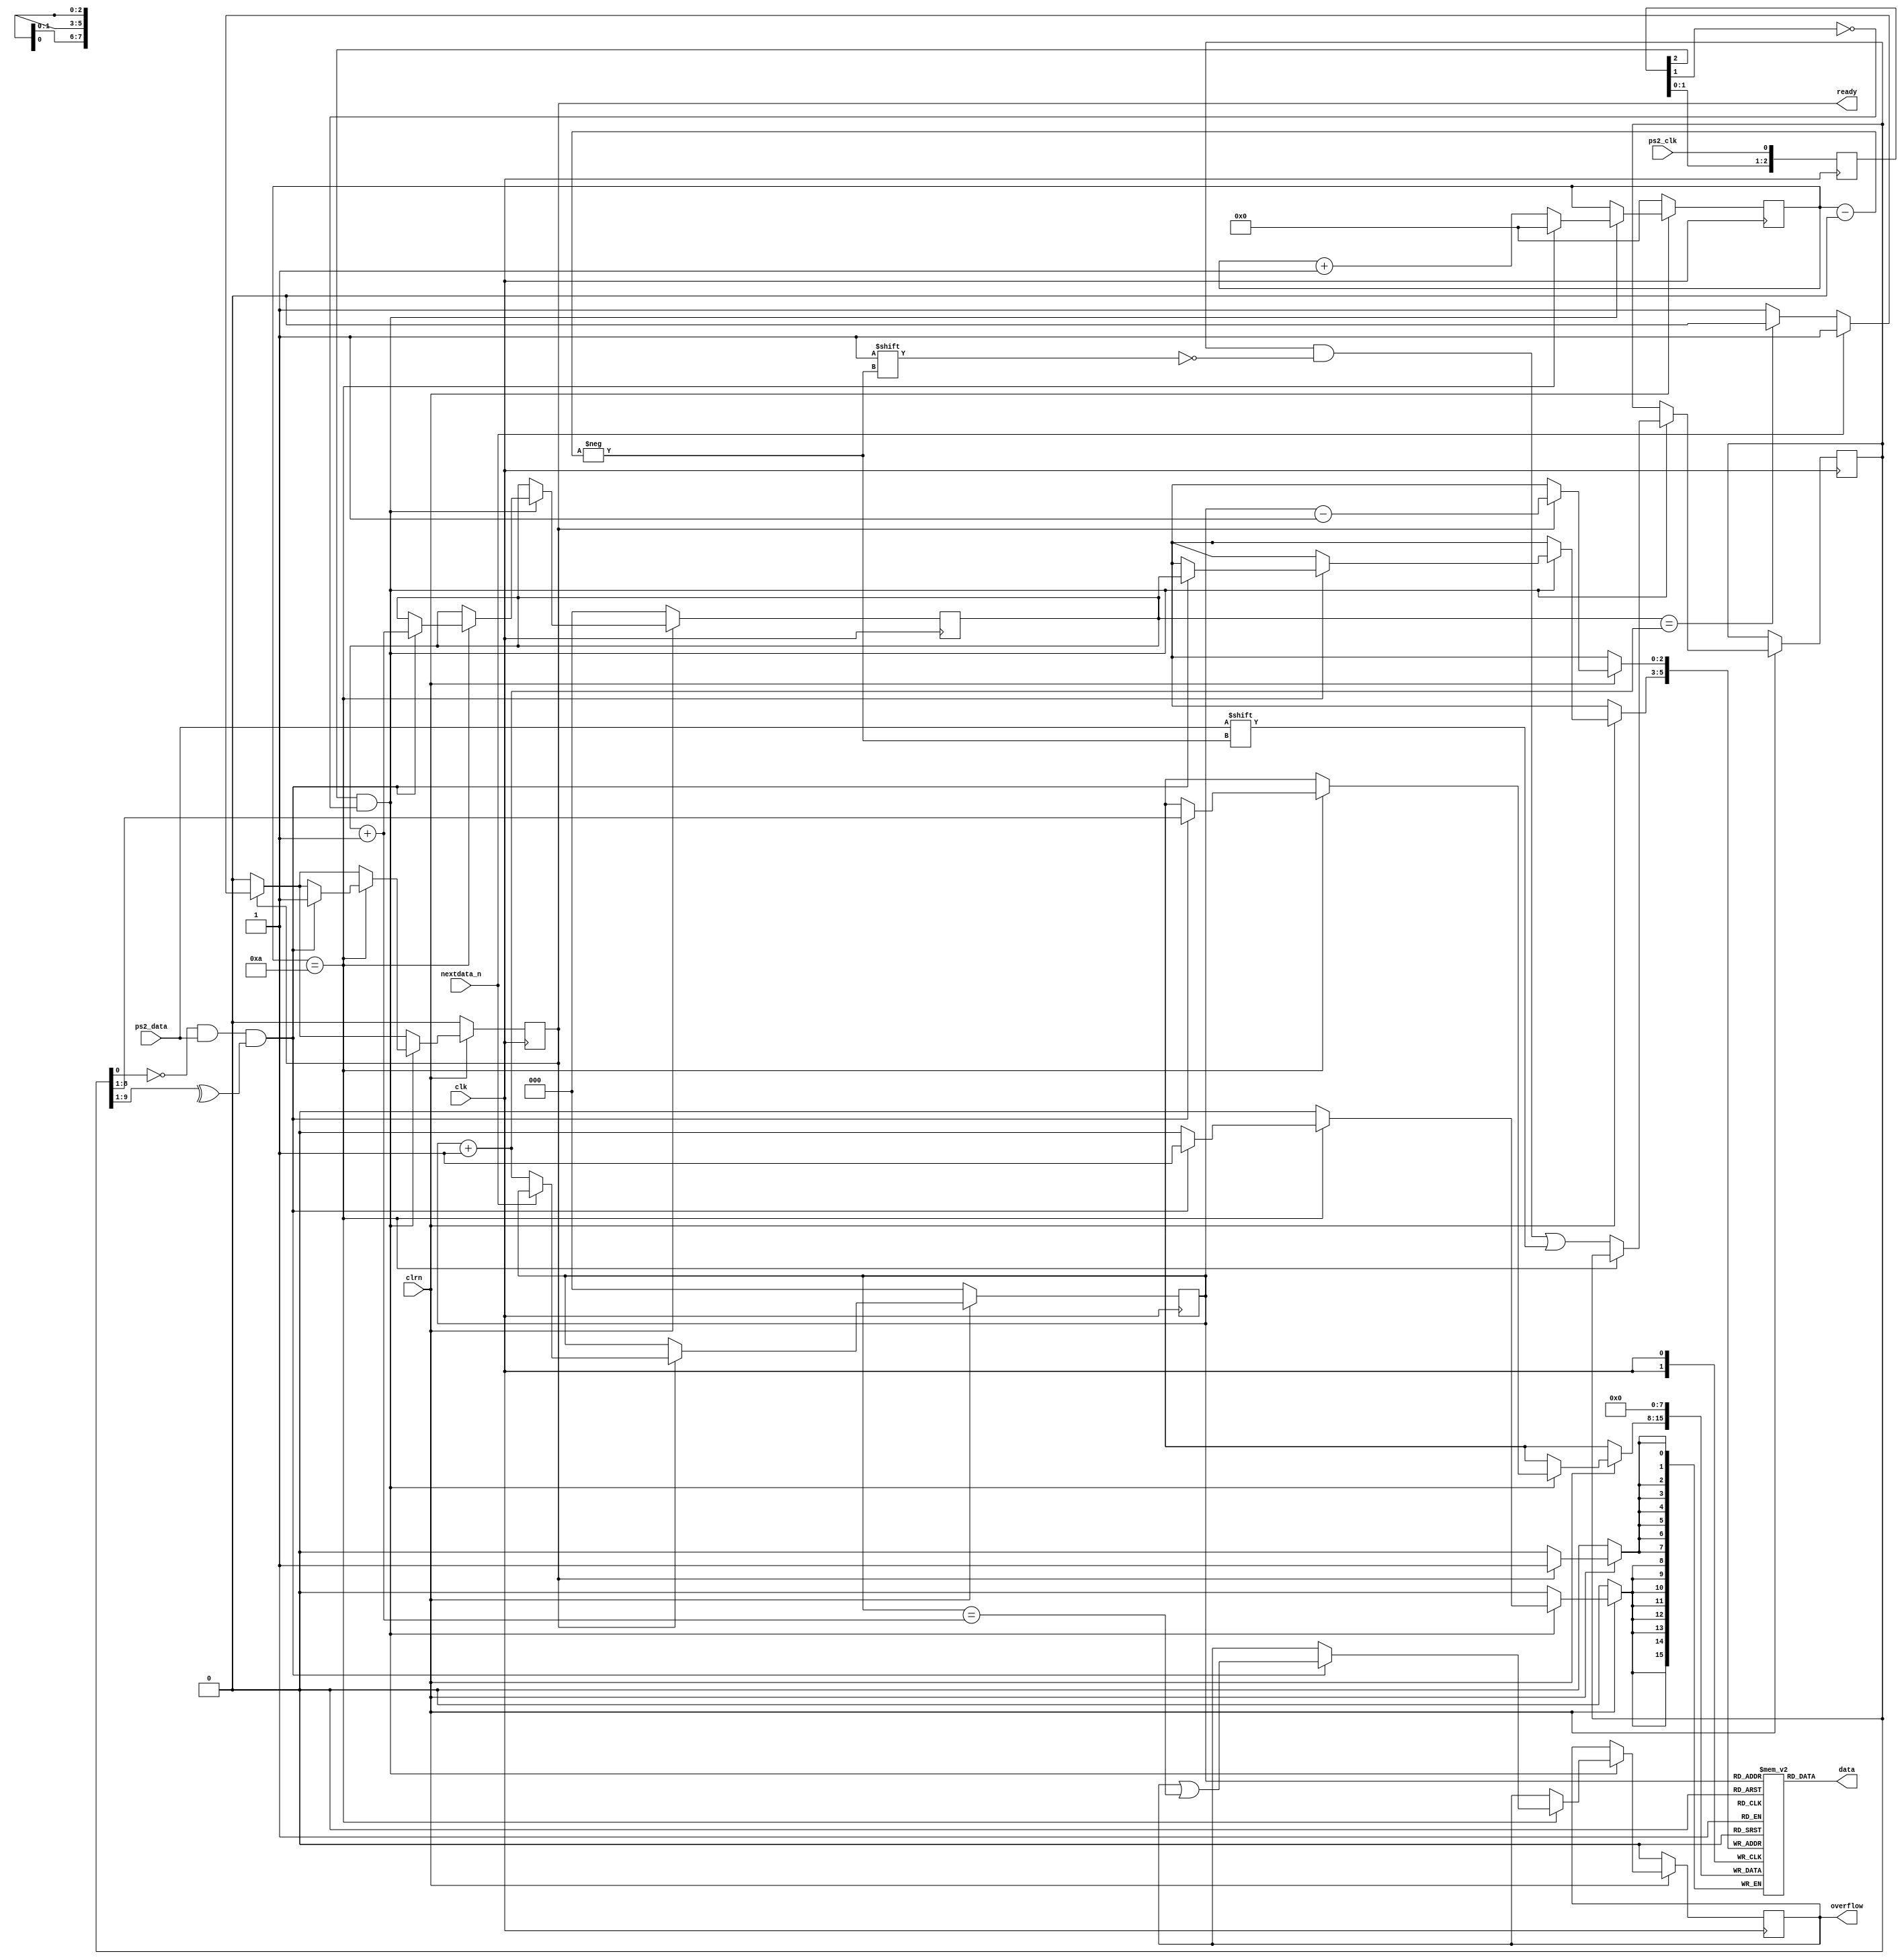
`timescale 1ps / 1ps
module PS2_keyboard_controller(
    input clk,clrn,ps2_clk,ps2_data,
    input nextdata_n,
    output [7:0] data,
    output reg ready,
    output reg overflow    // fifo overflow
);
    // internal signal, for test
    reg [9:0] buffer;        // ps2_data bits
    reg [7:0] fifo[7:0];     // data fifo
    reg [2:0] w_ptr,r_ptr;   // fifo write and read pointers
    reg [3:0] count;  // count ps2_data bits
    // detect falling edge of ps2_clk
    reg [2:0] ps2_clk_sync;

    always @(posedge clk) begin
        ps2_clk_sync <=  {ps2_clk_sync[1:0],ps2_clk};
    end

    wire sampling = ps2_clk_sync[2] & ~ps2_clk_sync[1];

    always @(posedge clk) begin
        if (clrn == 0) begin // reset
            count <= 0; w_ptr <= 0; r_ptr <= 0; overflow <= 0; ready<= 0;
        end
        else begin
            if ( ready ) begin // read to output next data
                if(nextdata_n == 1'b0) //read next data
                begin
                    r_ptr <= r_ptr + 3'b1;
                    if(w_ptr==(r_ptr+1'b1)) //empty
                        ready <= 1'b0;
                end
                fifo[r_ptr-1] <= 0;
            end
            if (sampling) begin
              if (count == 4'd10) begin
                if ((buffer[0] == 0) &&  // start bit
                    (ps2_data)       &&  // stop bit
                    (^buffer[9:1])) begin      // odd parity
                    fifo[w_ptr] <= buffer[8:1];  // kbd scan code
                    w_ptr <= w_ptr+3'b1;
                    ready <= 1'b1;
                    overflow <= overflow | (r_ptr == (w_ptr + 3'b1));
                end
                count <= 0;     // for next
              end else begin
                buffer[count] <= ps2_data;  // store ps2_data
                count <= count + 3'b1;
              end
            end
        end
    end
    assign data = fifo[r_ptr]; //always set output data

endmodule